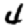
Digit: 4